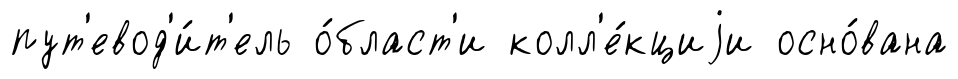
пут'евод'и́т'ель о́бласт'и колл'е́кциjи осно́вана